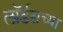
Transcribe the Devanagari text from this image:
लॉर्डसच्या